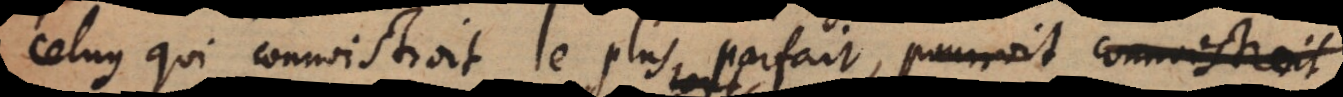
celuy qui connoistroit le plus parfait, pourroit aisement